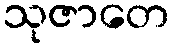
သုဇာတေ